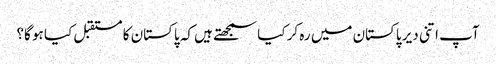
آپ اتنی دیر پاکستان میں رہ کر کیا سمجھتے ہیں کہ پاکستان کا مستقبل کیا ہو گا؟